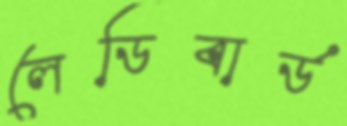
লেডিবার্ড